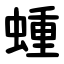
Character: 蝩